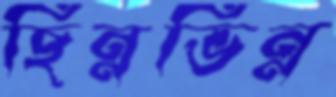
ছিন্নভিন্ন